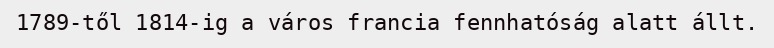
1789-től 1814-ig a város francia fennhatóság alatt állt.